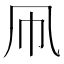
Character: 凧